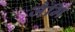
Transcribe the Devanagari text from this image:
जैमि